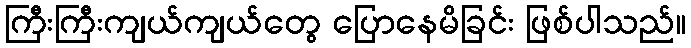
ကြီးကြီးကျယ်ကျယ်တွေ ပြောနေမိခြင်း ဖြစ်ပါသည်။